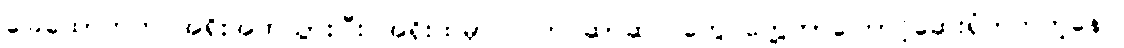
ခြေထောက်က အရိုးအက်သွားပြီး အရိုးထဲမှာလဲ ကင်ဆာဆဲလ်တွေ တွေ့တာကြောင့်ဆေးရုံတတ်တဲ့နေပဲ